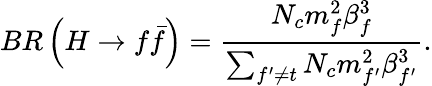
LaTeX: BR\left(H\rightarrow f\bar{f}\right)=\frac{N_{c}m_{f}^{2}\beta_{f}^{3}}{\sum_{f^{\prime}\ne t}N_{c}m_{f^{\prime}}^{2}\beta_{f^{\prime}}^{3}}.